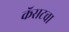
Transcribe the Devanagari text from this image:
कॅसटचा